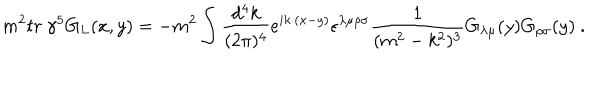
m ^ { 2 } t r \ \gamma ^ { 5 } G _ { L } ( x , y ) = - m ^ { 2 } \int \frac { d ^ { 4 } k } { ( 2 \pi ) ^ { 4 } } e ^ { i k \cdot ( x - y ) } \epsilon ^ { \lambda \mu \rho \sigma } \frac { 1 } { ( m ^ { 2 } - k ^ { 2 } ) ^ { 3 } } G _ { \lambda \mu } ( y ) G _ { \rho \sigma } ( y ) \ .